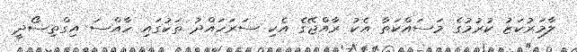
ލާމަރުކަޒު ކުރުމުގެ މަސައްކަތާ އެކު ރާއްޖޭގެ އެކި ސަރަހައްދު ތަކުގައި ހާއްސަ އިގްތިސޯދީ